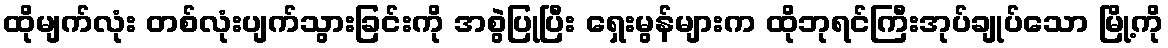
ထိုမျက်လုံး တစ်လုံးပျက်သွားခြင်းကို အစွဲပြုပြီး ရှေးမွန်များက ထိုဘုရင်ကြီးအုပ်ချုပ်သော မြို့ကို